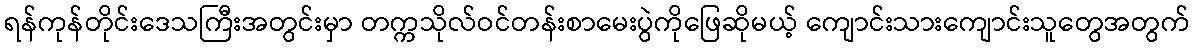
ရန်ကုန်တိုင်းဒေသကြီးအတွင်းမှာ တက္ကသိုလ်ဝင်တန်းစာမေးပွဲကိုဖြေဆိုမယ့် ကျောင်းသားကျောင်းသူတွေအတွက်